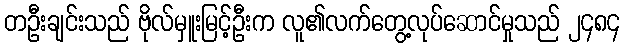
တဦးချင်းသည် ဗိုလ်မှူးမြင့်ဦးက လူ၏လက်တွေ့လုပ်ဆောင်မှုသည် ၂၄၈၄